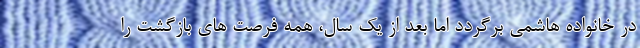
در خانواده هاشمی برگردد اما بعد از یک سال، همه فرصت های بازگشت را